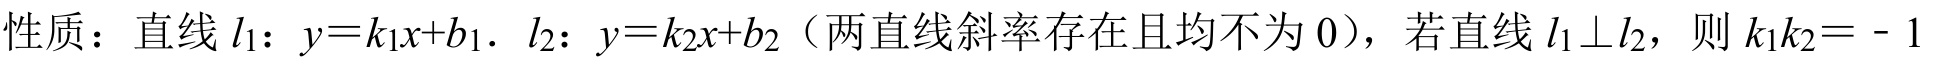
性质：直线\(l_{1}\)：\(y = k_{1}x + b_{1}\)，\(l_{2}\)：\(y = k_{2}x + b_{2}\)（两直线斜率存在且均不为\(0\)），若直线\(l_{1}\perp l_{2}\)，则\(k_{1}k_{2} = - 1\)